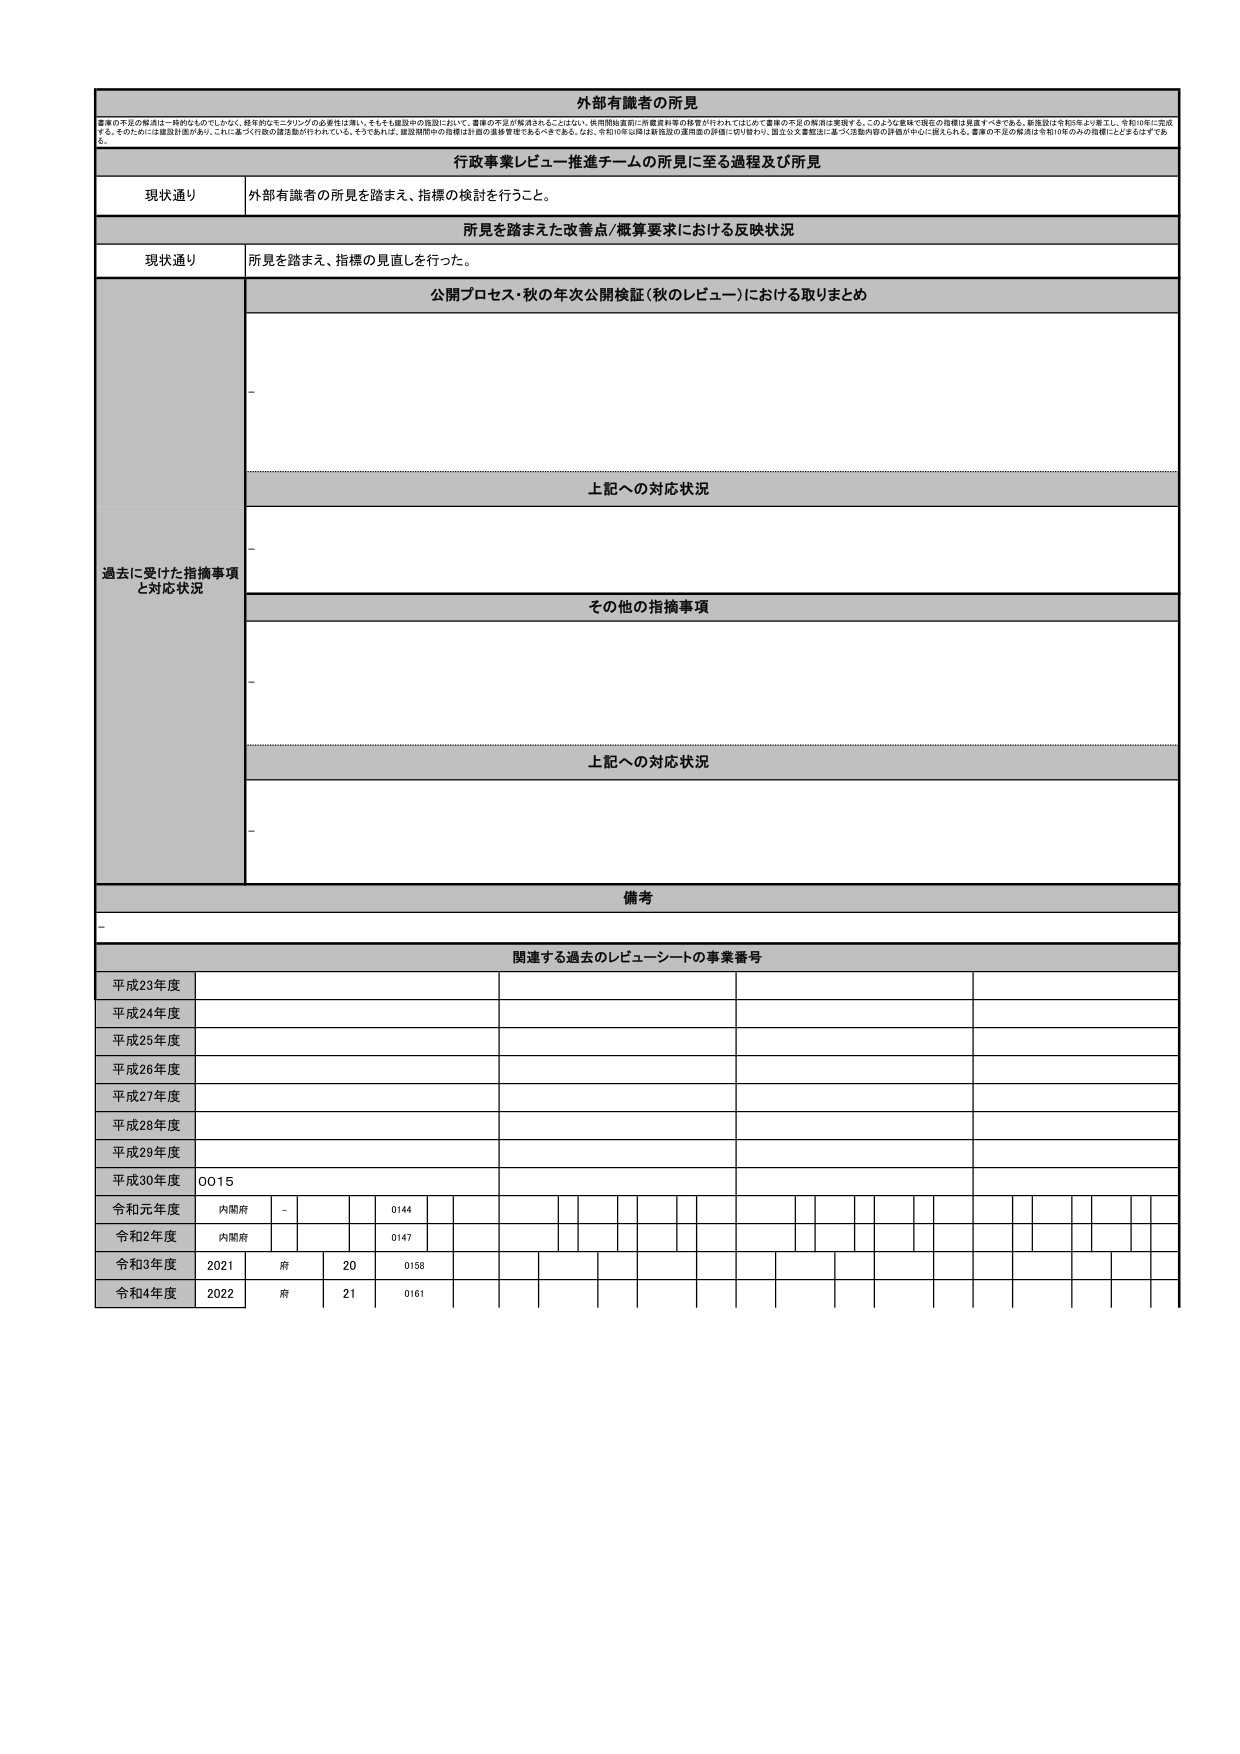
外部有識者の所見

事業の不足の解消は一時的なものでなく、終年のモニタリングの必要性は高い。そもそも施設中の施設において、事業の不足が解消されることはない。供用開始直前に所要資料等の移管が行われてはじめて事業の不足の解消を実現する。このような意味で現在の指標は見直すべきである。新施設は令和3年より着工し、令和10年に完成する。そのためには建設計画があり、これに基づく行政の諸活動が行われている。そうであれば、建設期間中の指標は計画的進捗管理であるべきである。なお、令和10年以降は新施設の運用面の評価に切り替わり、国立公文書館法に基づく活動内容の評価が中心に据えられる。事業の不足の解消は令和10年のみの指標にとどまるはずである。

行政事業レビュー推進チームの所見に至る過程及び所見

現状通り　外部有識者の所見を踏まえ、指標の検討を行うこと。

所見を踏まえた改善点/概算要求における反映状況

現状通り　所見を踏まえ、指標の見直しを行った。

過去に受けた指摘事項と対応状況

公開プロセス・秋の年次公開検証（秋のレビュー）における取りまとめ
－

上記への対応状況
－

その他の指摘事項
－

上記への対応状況
－

備考
－

関連する過去のレビューシートの事業番号

平成23年度
平成24年度
平成25年度
平成26年度
平成27年度
平成28年度
平成29年度
平成30年度　0015
令和元年度　内閣府　－　0144
令和2年度　内閣府　　0147
令和3年度　2021　府　20　0158
令和4年度　2022　府　21　0161